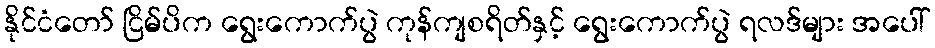
နိုင်ငံတော် ငြိမ်ပိက ရွေးကောက်ပွဲ ကုန်ကျစရိတ်နှင့် ရွေးကောက်ပွဲ ရလဒ်များ အပေါ်